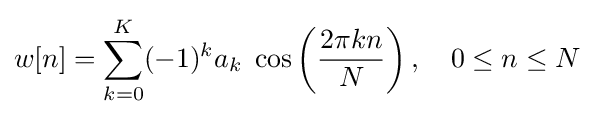
w[n]=\sum _{k=0}^{K}(-1)^{k}a_{k}\;\cos \left({\frac {2\pi kn}{N}}\right),\quad 0\leq n\leq N